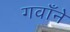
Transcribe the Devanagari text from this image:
गवाँने